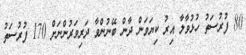
80 ފުރުސަތު ހުޅުވާލާ އިރު ކިޔަވަން ދާން ބޭނުންވާ ދަރިވަރުންނަށް 170 ފުރުސަތު